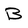
Character: B